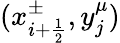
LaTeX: (x_{i+\frac{1}{2}}^{\pm},y_{j}^{\mu})